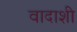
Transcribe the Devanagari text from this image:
वादाशी